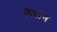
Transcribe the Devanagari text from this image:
लैप्टान